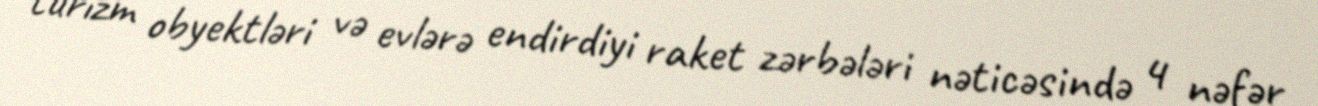
turizm obyektləri və evlərə endirdiyi raket zərbələri nəticəsində 4 nəfər